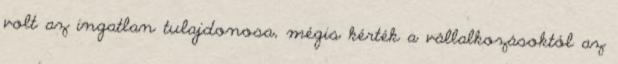
volt az ingatlan tulajdonosa, mégis kérték a vállalkozásoktól az